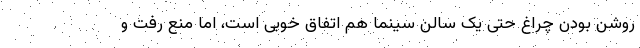
روشن بودن چراغ حتی یک سالن سینما هم اتفاق خوبی است، اما منع رفت و